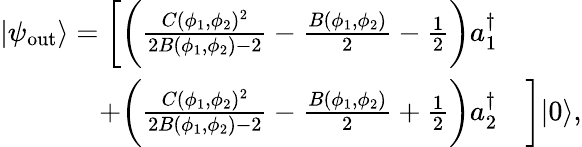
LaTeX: \begin{array}{rl}{|\psi_{\mathrm{out}}\rangle=\bigg[\bigg(\frac{C(\phi_{1},\phi_{2})^{2}}{2B(\phi_{1},\phi_{2})-2}-\frac{B(\phi_{1},\phi_{2})}{2}-\frac 12\bigg)a_{1}^{\dagger}}&{}\\ {+\bigg(\frac{C(\phi_{1},\phi_{2})^{2}}{2B(\phi_{1},\phi_{2})-2}-\frac{B(\phi_{1},\phi_{2})}{2}+\frac 12\bigg)a_{2}^{\dagger}}&{\bigg]|0\rangle,}\end{array}